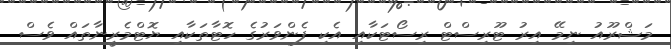
މަޝްރޫއު ނިމޭ އިރު ޓޫރިސްޓް ރިސޯޓަކާއި އެކި ފެންވަރުގެ ހޮޓާތަކާއި ޔޮޓްމެރީނާތައް ވެސް